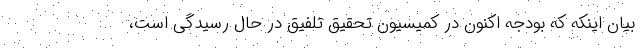
بیان اینکه که بودجه اکنون در کمیسیون تحقیق تلفیق در حال رسیدگی است،